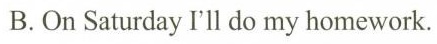
B.On Saturday I'll do my homework.